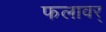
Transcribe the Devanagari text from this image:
फलावर्